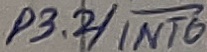
Text: P3.2/INT0